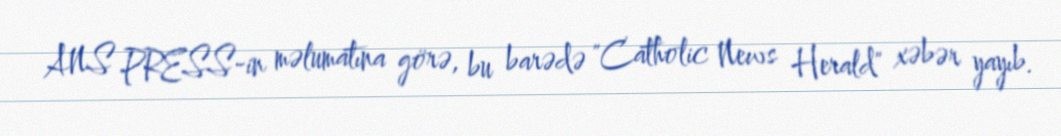
ANS PRESS-in məlumatına görə, bu barədə "Catholic News Herald" xəbər yayıb.